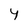
Character: 4